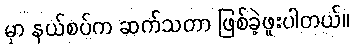
မှာ နယ်စပ်က ဆက်သတာ ဖြစ်ခဲ့ဖူးပါတယ်။